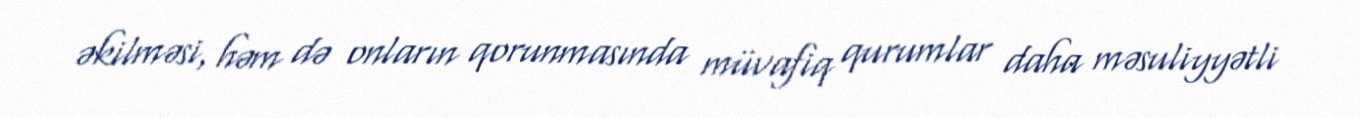
əkilməsi, həm də onların qorunmasında müvafiq qurumlar daha məsuliyyətli